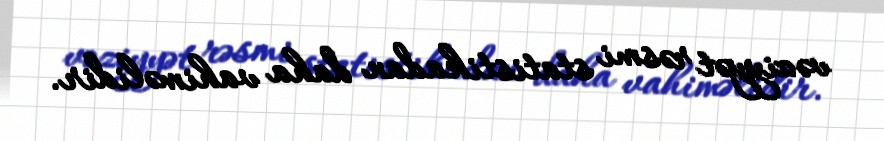
vəziyyət rəsmi statistikadan daha vahiməlidir.